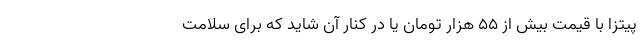
پیتزا با قیمت بیش از 55 هزار تومان یا در کنار آن شاید که برای سلامت